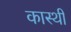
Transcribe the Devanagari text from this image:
कास्थी